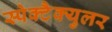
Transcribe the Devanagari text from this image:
स्पेक्टैक्युलर